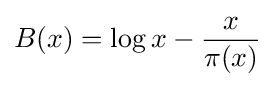
B(x)=\log x-{\frac {x}{\pi (x)}}